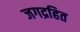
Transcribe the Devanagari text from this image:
जगद्रहित